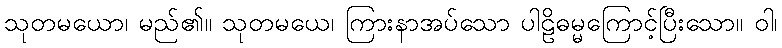
သုတမယော၊ မည်၏။ သုတမယေ၊ ကြားနာအပ်သော ပါဠိဓမ္မကြောင့်ပြီးသော။ ဝါ၊